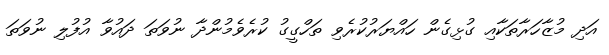
އަދި މުޒާހަރާތަކާއި ގުޅިގެން ހައްޔަރުކުރެވި ތަހްގީގު ކުރެވެމުންދާ ނުވަތަ ދައުވާ އުފުލި ނުވަތަ